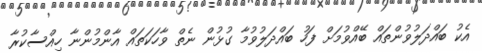
އެކު ބައްދަލުވުންތައް ބޭއްވުމަށް ފަހު ބައްދަލުވުމާ ގުޅުން ނެތް ވާހަކަތައް އާންމުންނާ ހިއްސާކުރާ